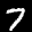
Label: 7